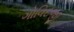
ગોવિદજી